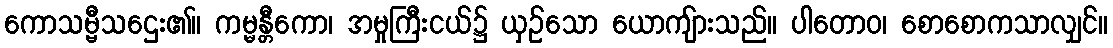
ကောသမ္ဗီသဌေး၏။ ကမ္မန္တီကော၊ အမှုကြီးငယ်၌ ယှဉ်သော ယောကျ်ားသည်။ ပါတောဝ၊ စောစောကသာလျှင်။